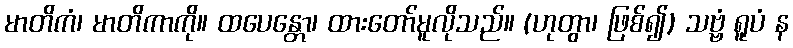
မာတိကံ၊ မာတိကာကို။ ထပေန္တော၊ ထားတော်မူလိုသည်။ (ဟုတွာ၊ ဖြစ်၍) သဗ္ဗံ ရူပံ န